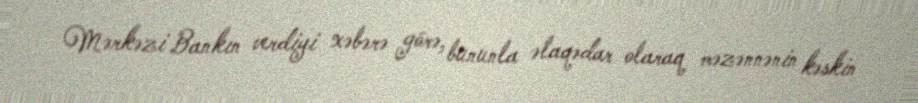
Mərkəzi Bankın verdiyi xəbərə görə, bununla əlaqədar olaraq məzənnənin kəskin